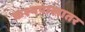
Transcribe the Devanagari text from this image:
कश्यपाखातर